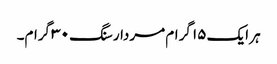
ہر ایک ۱۵ گرام مردار سنگ ۳۰ گرام۔